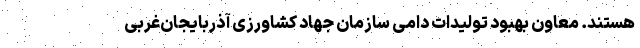
هستند. معاون بهبود تولیدات دامی سازمان جهاد کشاورزی آذربایجان‌غربی